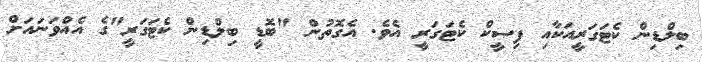
ބިލްޑިން ކެޓަގަރީއަކާއި ފިސީކް ކެޓަގަރީ އެވެ. އެގޮތުން "ބޮޑީ ބިލްޑިން ކެޓަގަރީ"ގެ އެއްވަނައަށް